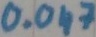
Text: 0.047